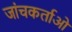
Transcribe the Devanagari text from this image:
जांचकर्ताओ